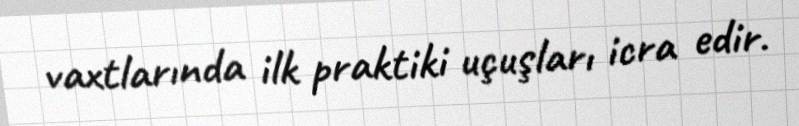
vaxtlarında ilk praktiki uçuşları icra edir.